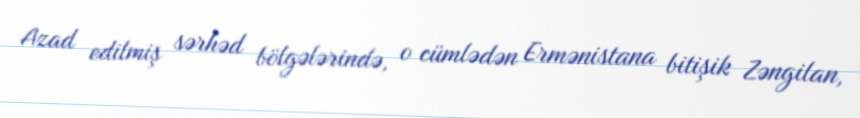
Azad edilmiş sərhəd bölgələrində, o cümlədən Ermənistana bitişik Zəngilan,